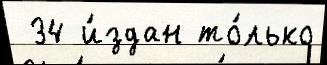
 34 и́здан то́лько